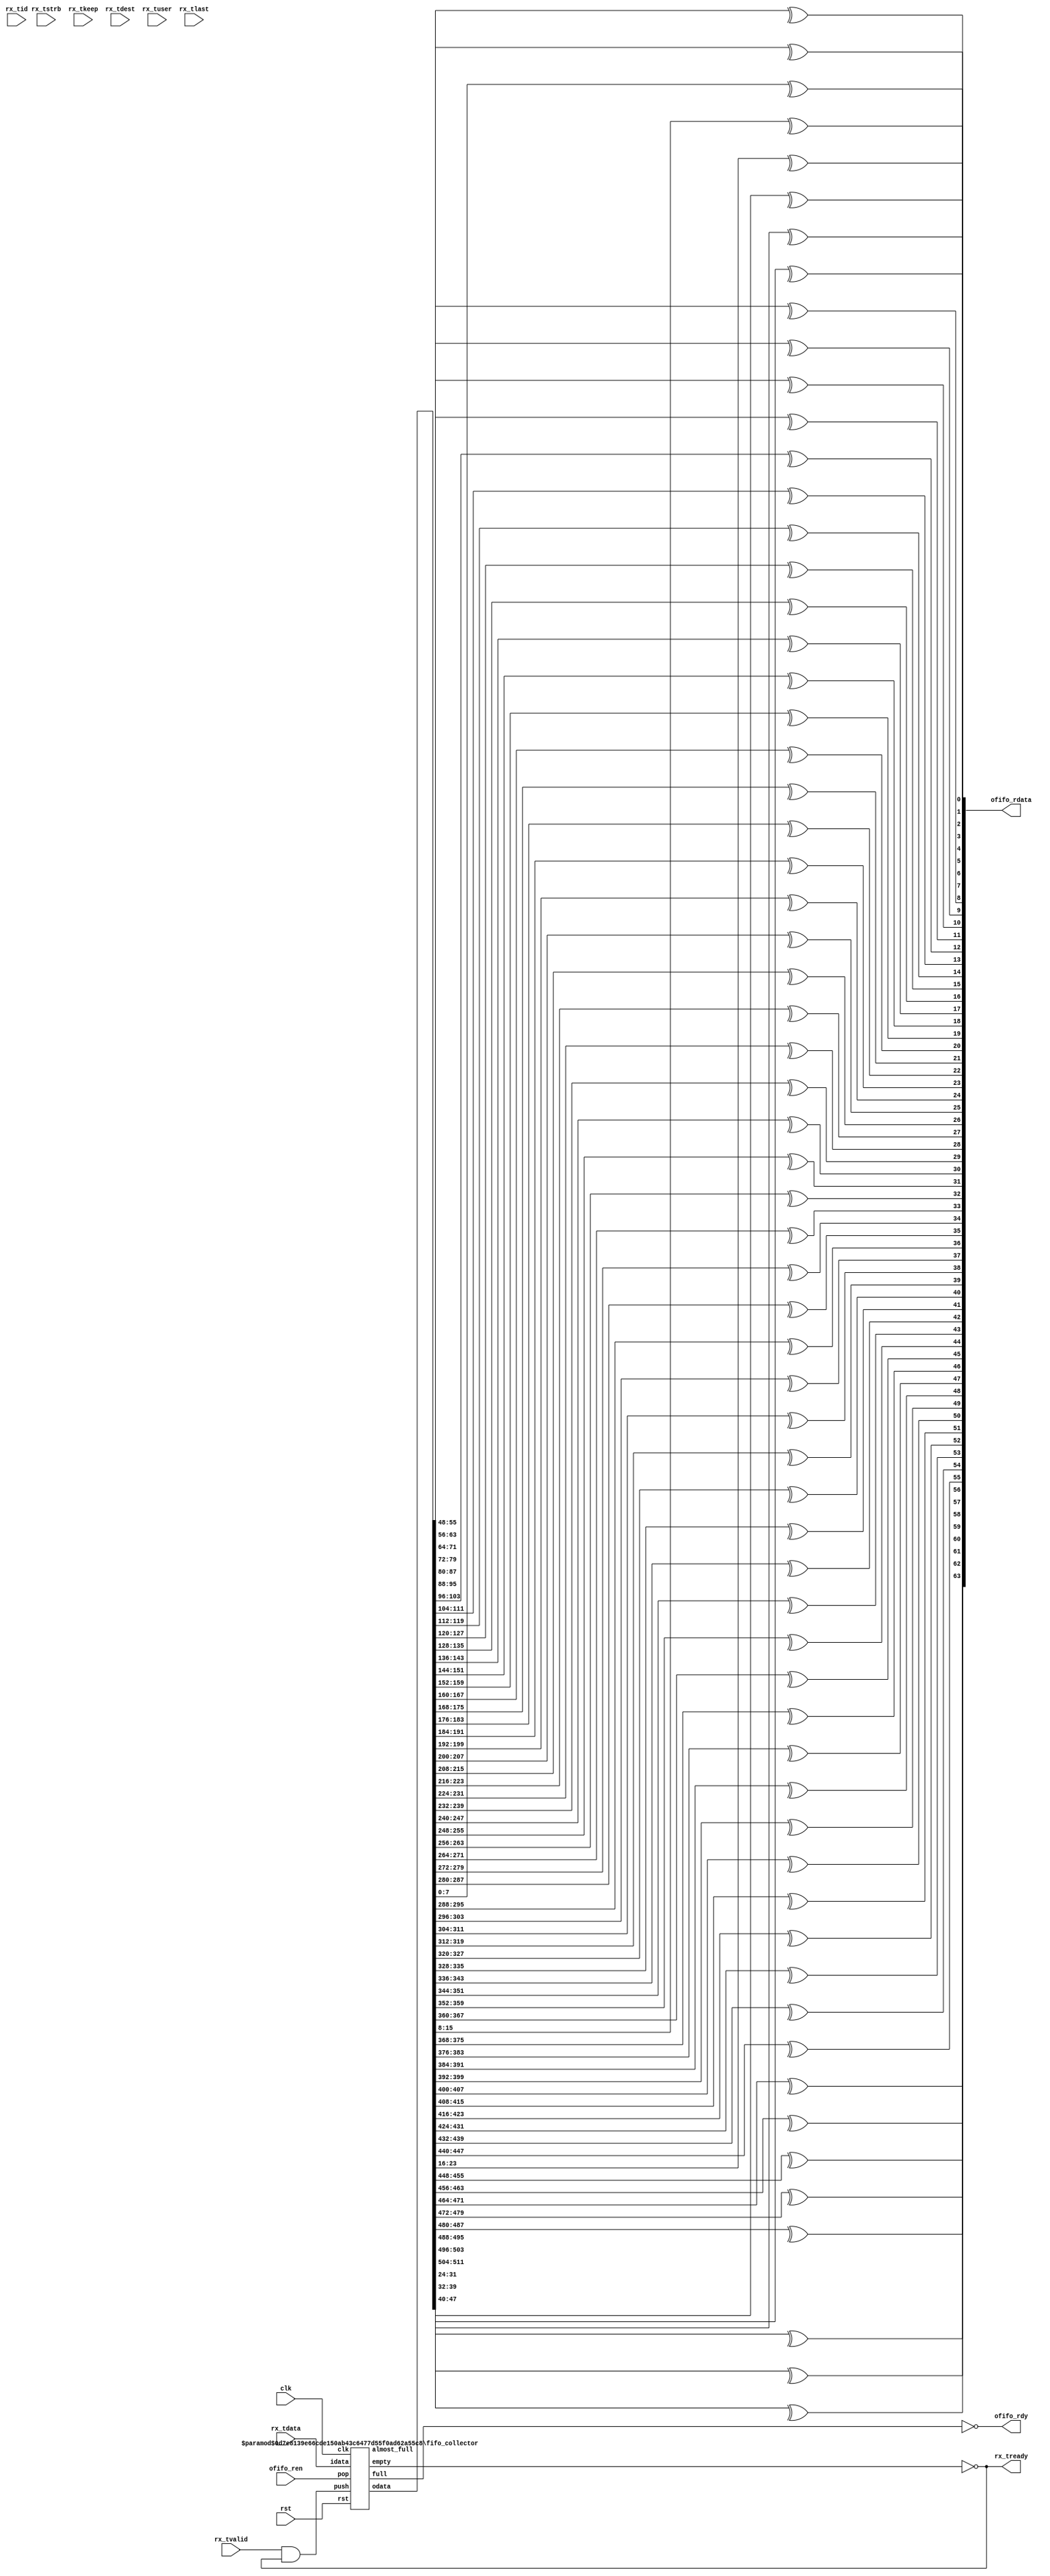
module collector # (
	parameter DATAW = 512,
	parameter BYTEW = DATAW / 8,
	parameter METAW = 8,
	parameter USERW = 32,
	parameter FIFO_DEPTH = 512
)(
	input  clk,
	input  rst,
	// Rx interface
	input  rx_tvalid,
	input  [DATAW-1:0] rx_tdata,
	input  [BYTEW-1:0] rx_tstrb,
	input  [BYTEW-1:0] rx_tkeep,
	input  [METAW-1:0] rx_tid,
	input  [METAW-1:0] rx_tdest,
	input  [USERW-1:0] rx_tuser,
	input  rx_tlast,
	output rx_tready,
	// External FIFO IO
	output [DATAW/8-1:0] ofifo_rdata,
	input  ofifo_ren,
	output ofifo_rdy
);

wire fifo_full_signal, fifo_almost_full_signal, fifo_empty_signal;
wire [DATAW-1:0] fifo_rdata;

fifo_collector # (
	.DATAW(DATAW),
	.DEPTH(FIFO_DEPTH)
) fifo_inst (
	.clk(clk),
	.rst(rst),
	.push(rx_tvalid && rx_tready),
	.idata(rx_tdata),
	.pop(ofifo_ren),
	.odata(fifo_rdata),
	.empty(fifo_empty_signal),
	.full(fifo_full_signal),
	.almost_full(fifo_almost_full_signal)
);

assign rx_tready = !fifo_empty_signal;
assign ofifo_rdy = !fifo_full_signal;

genvar i;
generate 
for (i = 0; i < DATAW/8; i = i + 1) begin: gen_rdata
	assign ofifo_rdata[i] = ^fifo_rdata[(i + 1) * 8 - 1: i * 8];
end
endgenerate

endmodule

module fifo_collector # (
	parameter DATAW = 64,
	parameter DEPTH = 128,
	parameter ADDRW = $clog2(DEPTH),
	parameter ALMOST_FULL_DEPTH = DEPTH
)(
	input  clk,
	input  rst,
	input  push,
	input  [DATAW-1:0] idata,
	input  pop,
	output [DATAW-1:0] odata,
	output empty,
	output full,
	output almost_full
);

reg [DATAW-1:0] mem [0:DEPTH-1];
reg [ADDRW-1:0] head_ptr, tail_ptr;
reg [ADDRW:0] remaining;

always @ (posedge clk) begin
	if (rst) begin
		head_ptr <= 0;
		tail_ptr <= 0;
		remaining <= DEPTH;
	end else begin
		if (!full && push) begin
			mem[tail_ptr] <= idata;
			tail_ptr <= tail_ptr + 1'b1;
		end
		
		if (!empty && pop)  begin
			head_ptr <= head_ptr + 1'b1;
		end
		
		if (!empty && pop && !full && push) begin
			remaining <= remaining;
		end else if (!empty && pop) begin
			remaining <= remaining + 1'b1;
		end else if (!full && push) begin
			remaining <= remaining - 1'b1;
		end else begin
			remaining <= remaining;
		end
	end
end

assign empty = (tail_ptr == head_ptr);
assign full = (tail_ptr + 1'b1 == head_ptr);
assign odata = mem[head_ptr];
assign almost_full = (remaining < (DEPTH - ALMOST_FULL_DEPTH));

endmodule